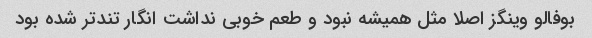
بوفالو وینگز اصلا مثل همیشه نبود و طعم خوبی نداشت انگار تندتر شده بود